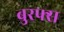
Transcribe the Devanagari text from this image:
बुरफ्स